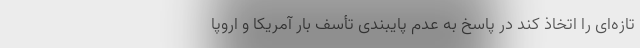
تازه‌ای را اتخاذ کند در پاسخ به عدم پایبندی تأسف بار آمریکا و اروپا